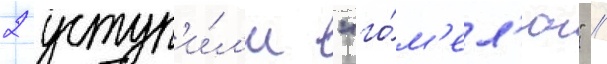
2 уступ'и́л'и "го́м'ел'ю" //